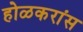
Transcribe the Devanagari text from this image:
होळकरांस